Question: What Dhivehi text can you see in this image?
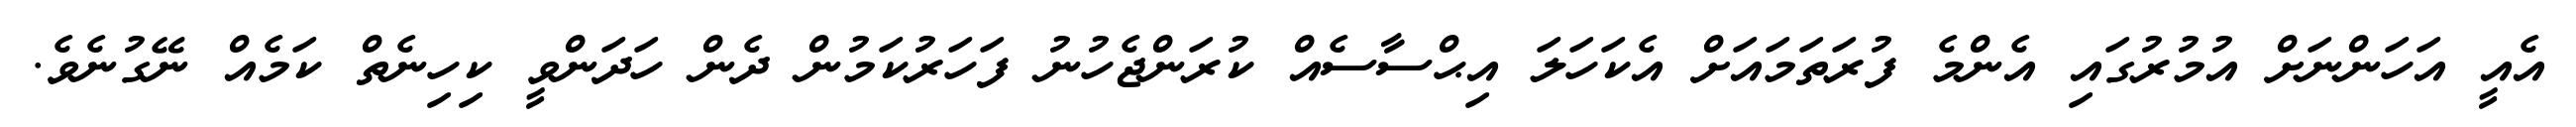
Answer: އެއީ އަހަންނަށް އުމުރުގައި އެންމެ ފުރަތަމައަށް އެކަހަލަ އިޙްސާސެއް ކުރަންޖެހުނު ފަހަރުކަމުން ދެން ހަދަންވީ ކިހިނެތް ކަމެއް ނޭގުނެވެ.